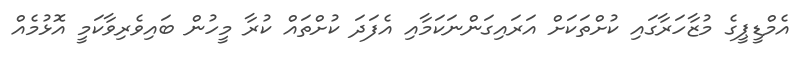
އެމްޑީޕީގެ މުޒާހަރާގައި ކުށްތަކަށް އަރައިގަންނަކަމާއި އެފަދަ ކުށްތައް ކުރާ މީހުން ބައިވެރިވާކަމީ އޮޅުމެއް